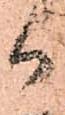
御